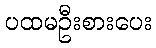
ပထမဦးစားပေး